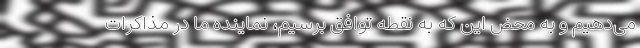
می‌دهیم و به محض این که به نقطه توافق برسیم، نماینده ما در مذاکرات